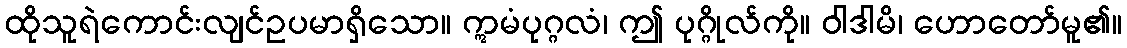
ထိုသူရဲကောင်းလျင်ဥပမာရှိသော။ ဣမံပုဂ္ဂလံ၊ ဤ ပုဂ္ဂိုလ်ကို။ ဝါဒါမိ၊ ဟောတော်မူ၏။